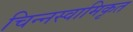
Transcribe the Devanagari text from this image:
चिन्नस्वामिकृत